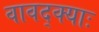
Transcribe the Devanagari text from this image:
वावद्क्याः